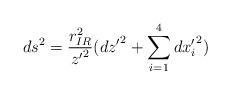
LaTeX: \begin{align*}ds^2 = \frac{r_{IR}^2 }{ {z'}^2}({dz'}^2 + \sum_{i=1}^4 {dx'_i}^2)\end{align*}